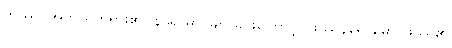
ကိဿ၊ အဘယ်တရား၏။ နိရောဓာ၊ ချုပ်ခြင်းကြောင့်။ ဖဿနိရောဓော၊ ဖဿ၏